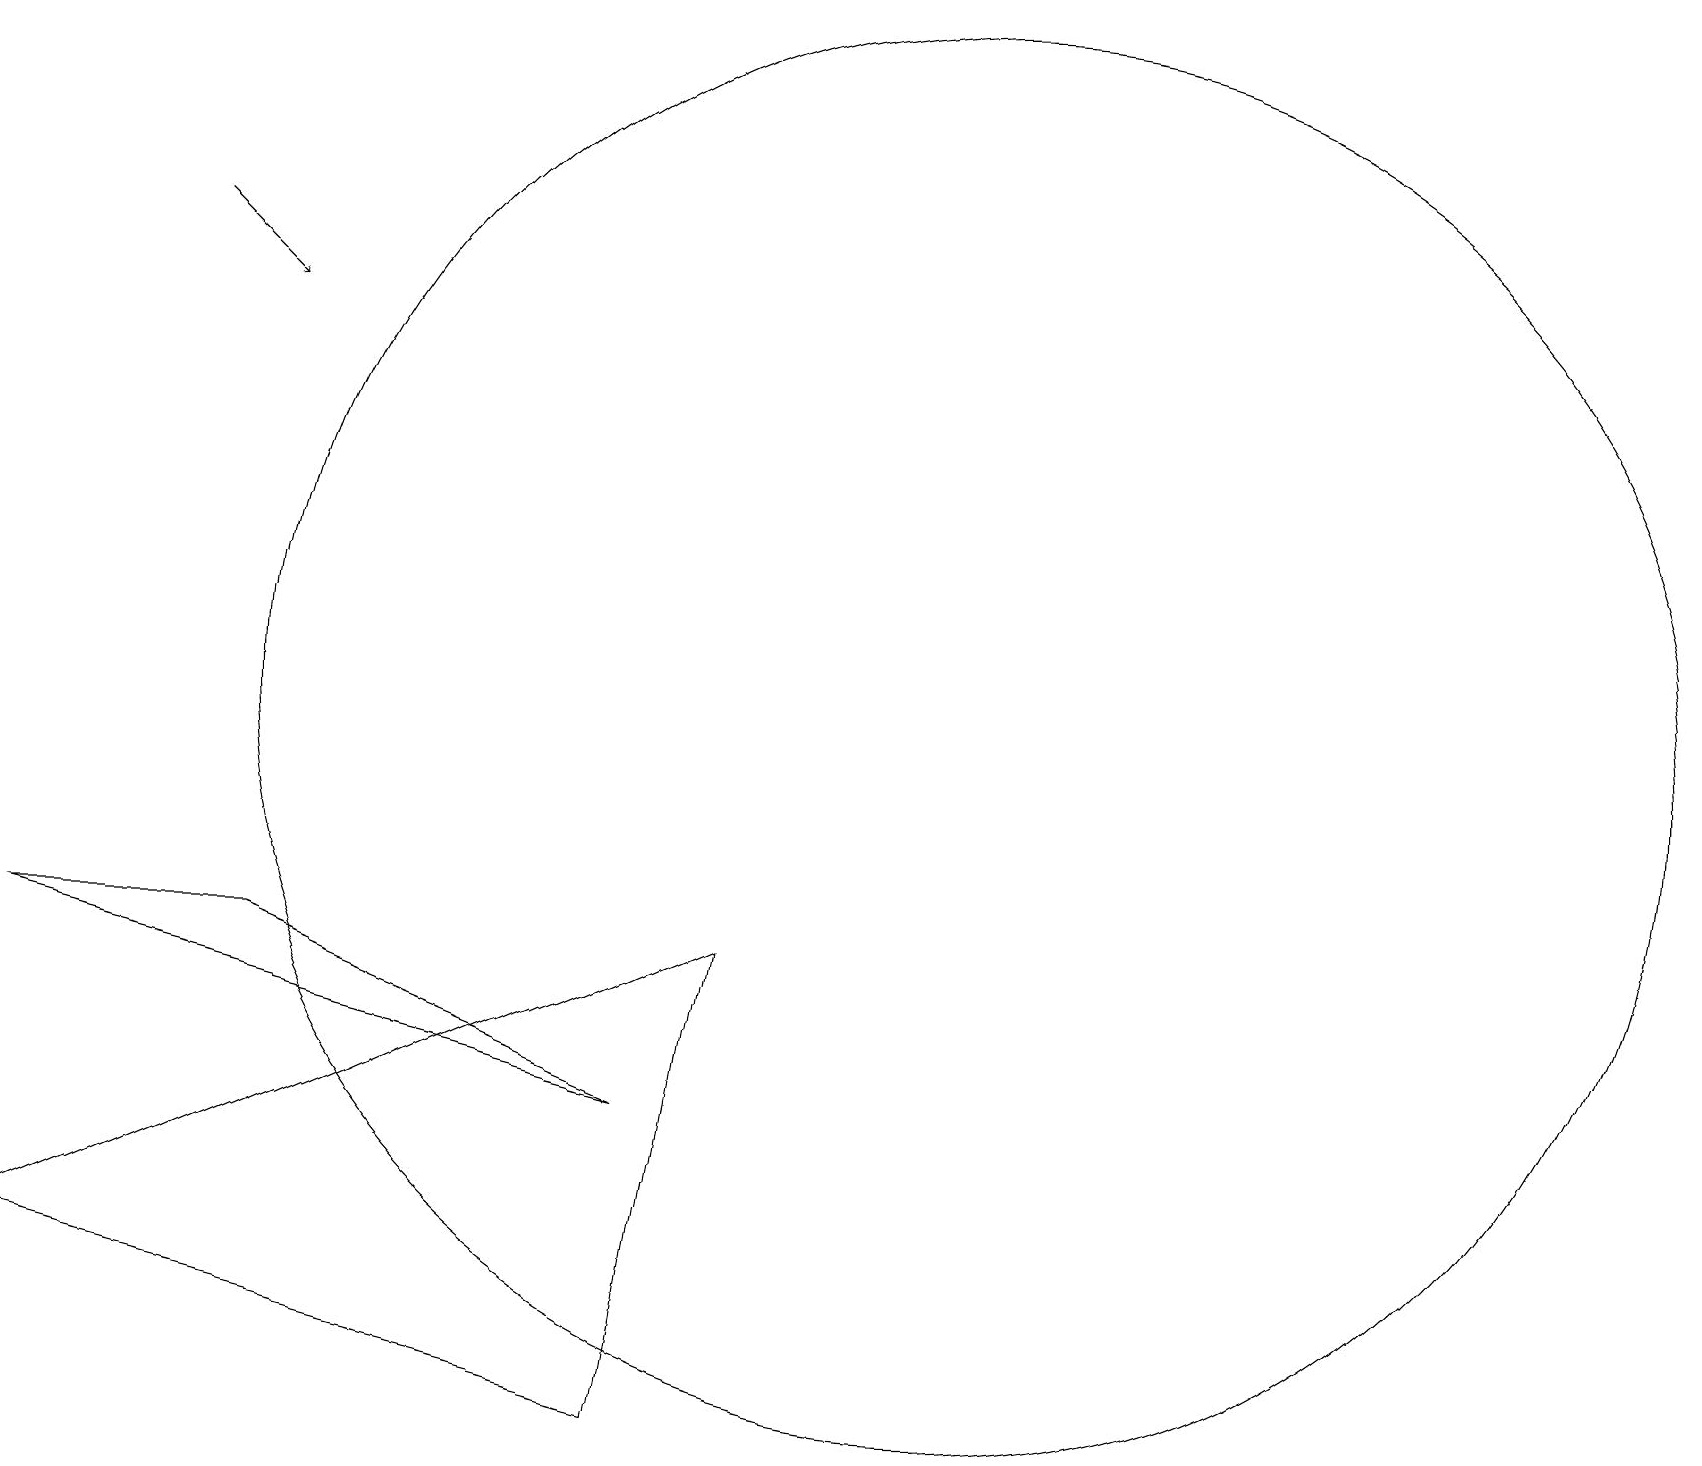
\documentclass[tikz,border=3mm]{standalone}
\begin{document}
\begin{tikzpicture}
\draw (12,10) circle (9);
\draw[->] (2,16) -- (3,15);
\draw (3,7) -- (8,5) -- (0,7) -- cycle;
\draw (9,7) -- (0,3) -- (8,1) -- cycle;
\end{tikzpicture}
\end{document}